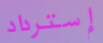
إسترداد